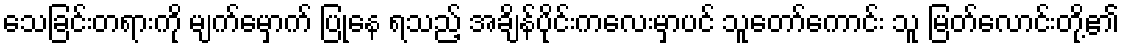
သေခြင်းတရားကို မျက်မှောက် ပြုနေ ရသည့် အချိန်ပိုင်းကလေးမှာပင် သူတော်ကောင်း သူ မြတ်လောင်းတို့၏